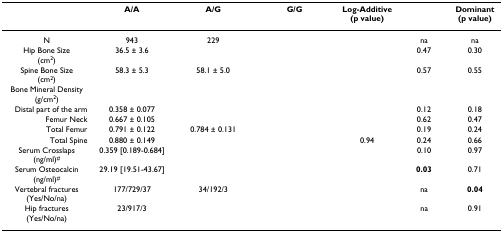
<table><thead><tr><td>[EMPTY_CELL]</td><td><b>A/A</b></td><td><b>A/G</b></td><td><b>G/G</b></td><td><b>Log-Additive(p value)</b></td><td>[EMPTY_CELL]</td><td><b>Dominant(p value)</b></td></tr></thead><tbody><tr><td>N</td><td>943</td><td>229</td><td>[EMPTY_CELL]</td><td>[EMPTY_CELL]</td><td>na</td><td>na</td></tr><tr><td>Hip Bone Size(cm<sup>2</sup>)</td><td>36.5 ± 3.6</td><td>[EMPTY_CELL]</td><td>[EMPTY_CELL]</td><td>[EMPTY_CELL]</td><td>0.47</td><td>0.30</td></tr><tr><td>Spine Bone Size(cm<sup>2</sup>)</td><td>58.3 ± 5.3</td><td>58.1 ± 5.0</td><td>[EMPTY_CELL]</td><td>[EMPTY_CELL]</td><td>0.57</td><td>0.55</td></tr><tr><td>Bone Mineral Density(g/cm<sup>2</sup>)</td><td>[EMPTY_CELL]</td><td>[EMPTY_CELL]</td><td>[EMPTY_CELL]</td><td>[EMPTY_CELL]</td><td>[EMPTY_CELL]</td><td>[EMPTY_CELL]</td></tr><tr><td>Distal part of the arm</td><td>0.358 ± 0.077</td><td>[EMPTY_CELL]</td><td>[EMPTY_CELL]</td><td>[EMPTY_CELL]</td><td>0.12</td><td>0.18</td></tr><tr><td>Femur Neck</td><td>0.667 ± 0.105</td><td>[EMPTY_CELL]</td><td>[EMPTY_CELL]</td><td>[EMPTY_CELL]</td><td>0.62</td><td>0.47</td></tr><tr><td>Total Femur</td><td>0.791 ± 0.122</td><td>0.784 ± 0.131</td><td>[EMPTY_CELL]</td><td>[EMPTY_CELL]</td><td>0.19</td><td>0.24</td></tr><tr><td>Total Spine</td><td>0.880 ± 0.149</td><td>[EMPTY_CELL]</td><td>[EMPTY_CELL]</td><td>0.94</td><td>0.24</td><td>0.66</td></tr><tr><td>Serum Crosslaps(ng/ml)<sup>#</sup></td><td>0.359 [0.189-0.684]</td><td>[EMPTY_CELL]</td><td>[EMPTY_CELL]</td><td>[EMPTY_CELL]</td><td>0.10</td><td>0.97</td></tr><tr><td>Serum Osteocalcin(ng/ml)<sup>#</sup></td><td>29.19 [19.51-43.67]</td><td>[EMPTY_CELL]</td><td>[EMPTY_CELL]</td><td>[EMPTY_CELL]</td><td><b>0.03</b></td><td>0.71</td></tr><tr><td>Vertebral fractures(Yes/No/na)</td><td>177/729/37</td><td>34/192/3</td><td>[EMPTY_CELL]</td><td>[EMPTY_CELL]</td><td>na</td><td><b>0.04</b></td></tr><tr><td>Hip fractures(Yes/No/na)</td><td>23/917/3</td><td>[EMPTY_CELL]</td><td>[EMPTY_CELL]</td><td>[EMPTY_CELL]</td><td>na</td><td>0.91</td></tr></tbody></table>